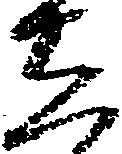
し